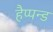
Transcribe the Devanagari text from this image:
हैप्पन्ड